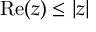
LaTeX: \mathrm { R e } ( z ) \leq | z |